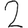
Digit: 2